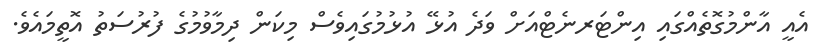
އެއީ އާންމުގޮތެއްގައި އިންޓަރނެޓްއަށް ވަދެ އުޅޭ އުޅުމުގައިވެސް މިކަން ދިމާވުމުގެ ފުރުސަތު އޮތީމައެވެ.